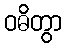
ဝဓိတွာ